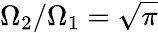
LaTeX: \Omega_{2}/\Omega_{1}=\sqrt{\pi}